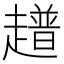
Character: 𧾃